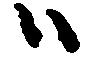
ハ